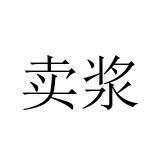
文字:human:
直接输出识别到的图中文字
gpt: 卖浆